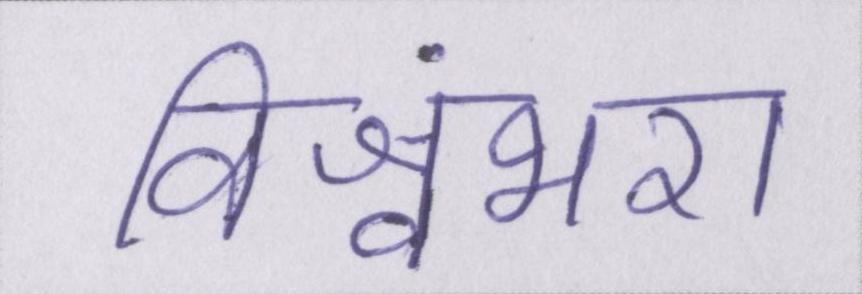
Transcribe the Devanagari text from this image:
विश्वंभरा